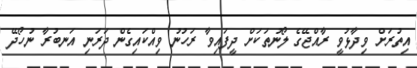
އިތުރަށް ވިދާޅުވީ ރާއްޖޭގެ ލޯނުތަކަށް ދީފައިވާ ރަހުނު ވިއްކައިގެން ދަރަނި އަނބުރާ ނުހޯދޭ